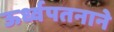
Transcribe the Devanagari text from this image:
ऊर्ध्वपतनाने